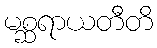
မစ္ဆရာယတီတိ